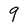
Character: 9